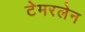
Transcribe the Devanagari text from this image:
टेमरलेन